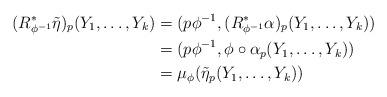
LaTeX: \begin{align*} (R_{\phi^{-1}}^*\tilde\eta)_p(Y_1,\dots,Y_k) &= (p\phi^{-1},(R_{\phi^{-1}}^*\alpha)_p(Y_1,\dots,Y_k)) \\ &= (p\phi^{-1},\phi \circ \alpha_p(Y_1,\dots,Y_k)) \\ &= \mu_\phi(\tilde\eta_p(Y_1,\dots,Y_k)) \end{align*}